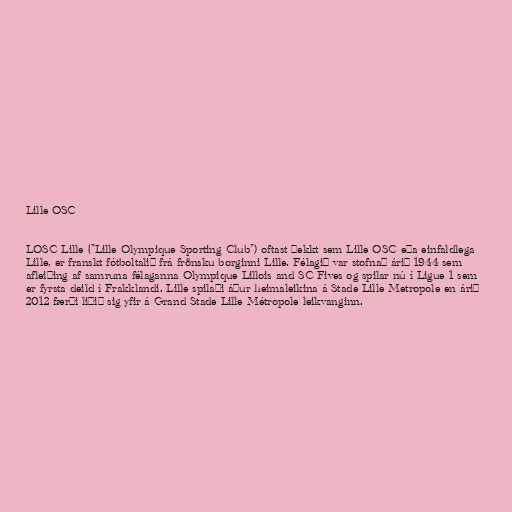
Lille OSC

LOSC Lille ("Lille Olympique Sporting Club") oftast þekkt sem Lille OSC eða einfaldlega
Lille, er franskt fótboltalið frá frönsku borginni Lille. Félagið var stofnað árið 1944 sem
afleiðing af samruna félaganna Olympique Lillois and SC Fives og spilar nú í Ligue 1 sem
er fyrsta deild í Frakklandi. Lille spilaði áður heimaleikina á Stade Lille Metropole en árið
2012 færði liðið sig yfir á Grand Stade Lille Métropole leikvanginn.